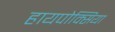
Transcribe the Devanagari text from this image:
हायपोक्सिया